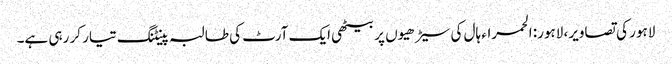
لاہور کی تصاویر، لاہور: الحمراء ہال کی سیڑھیوں پر بیٹھی ایک آرٹ کی طالبہ پینٹنگ تیار کر رہی ہے۔